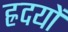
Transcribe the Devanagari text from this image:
ह्रदयों